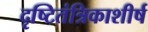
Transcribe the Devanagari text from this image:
दृष्टितंत्रिकाशीर्ष